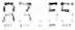
83.55